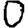
Digit: 0